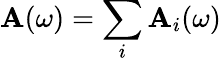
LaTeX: \mathbf{A}(\omega)=\sum_{i}\mathbf{A}_{i}(\omega)